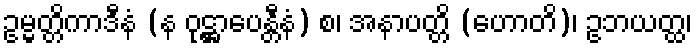
ဥမ္မတ္တိကာဒီနံ (န ဝုဋ္ဌာပေန္တီနံ) စ၊ အနာပတ္တိ (ဟောတိ)၊ ဥဘယတ္ထ၊